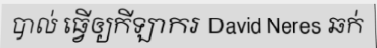
បាល់ ធ្វើឲ្យកីឡាករ David Neres ឆក់